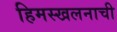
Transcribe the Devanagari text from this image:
हिमस्खलनाची